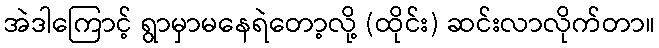
အဲဒါကြောင့် ရွာမှာမနေရဲတော့လို့ (ထိုင်း) ဆင်းလာလိုက်တာ။